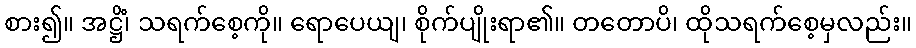
စား၍။ အဋ္ဌိံ၊ သရက်စေ့ကို။ ရောပေယျ၊ စိုက်ပျိုးရာ၏။ တတောပိ၊ ထိုသရက်စေ့မှလည်း။